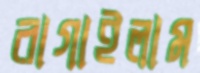
রাগাইলাম